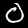
Label: 0